King Institute of Preventive Medicine Micro-Biological Section reports 1909-11
Year: 1909
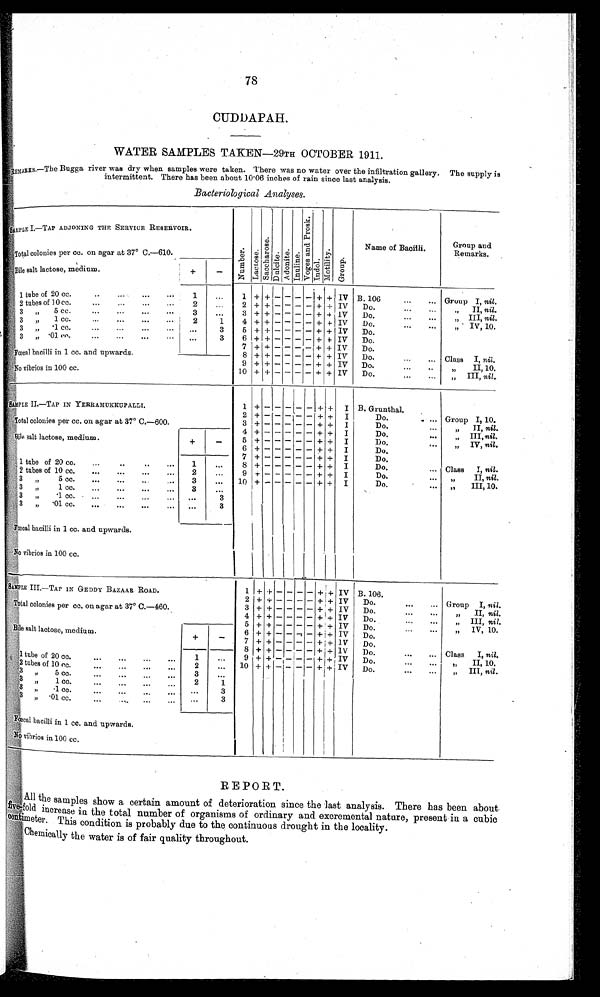
78
CUDDAPAH.
WATER SAMPLES TAKEN—29TH OCTOBER 1911.
REMARKS.—The Bugga river was dry when samples were taken. There was no water over the infiltration gallery. The supply is
intermittent. There has been about 10.06 inches of rain since last analysis.
Bacteriological Analyses.
SAMPLE I.—TAP ADJONING THE SERVICE RESERVOIR.
Number . Lac t os e.
S a c c h a r o s e . Dul ci t e. Adoni t e. I nul i ne. V o g e s a n d P r o s k .
Indol.
Mo t i l i t y .
G r o u p .
Name of Bacilli.
Group and
Remarks.
Total colonies per cc. on agar at 37° C.—610.
+
-
Bile salt lactose, medium.
1 tube of 20 cc. . .
1
. . .
1 + + - - - - + + IV B. 106 . . .
Group I, nil .
2 tubes of 10 cc. . . .
2 . . .
2 + + - - - - + + IV
Do. . . .
" I I ,ni l
Do. . . .
" I I I ,
n i l
.
3 "
5 cc. . . .
3
. . .
3 + + - - - - + + 1V
1
Do. . . .
3
"
1 cc. . . .
2
4 + + - - - - + + IV
" IV, 10.
Do.
3 " .1 cc. . . .
. . .
3
5 + + - - - - + + IV
Do.
3 " .01 cc. . . .
. . .
3
6 + + - - - - + + IV
7 + + - - - - + + IV
Do.
Fœcal bacilli in 1 cc. and upwards.
8 + + - - - - + + IV
Do. . . .
Class I, nil .
9 + + - - - - + + IV
Do. . . .
" II, 10.
No vibrios in 100 cc.
10 + + - - - - + + IV
Do. . . .
" I I I ,
n i l .
SAMPLE II.—TAP IN YERRAMUKKUPALLI.
1
+
-
-
-- -
+ + I B. Grunthal.
2 + - - - - - + +
I
Do. . . .
Group I, 10.
Total colonies per cc. on agar at 37° C.—600.
3 + - - - - - + +
I
Do. . . .
" II, nil.
4 +
- - - - + +
I
Do. . . .
„ III, nil.
Bile salt lactose, medium.
+
-
5 + + - - - - - + +
I
Do. . . .
" I V ,n
i l
.
6 +
- - - - + + I
Do.
7 +
- - - - + + I
Do.
1 tube of 20 cc. . . .
1
. . .
8 +
- - - - + + I
Do. . . .
Class I,n i l .
2 tubes of 10 cc. . . .
2
. . .
9 +
- - - - + + I
Do. . . .
" I I ,
n i l.
3
"
5 cc. . . .
3
. . .
10 + - - - - - + + I
Do. . . .
" I I I , 1 0 .
3
"
1 cc. . . .
3
. . .
3 " .1 cc. . . .
. . .
3
"
.01 cc. . . .
. . . 3
Fœcal bacilli in 1 cc. and upwards.
No vibrios in 100 cc.
S A M P L E I I I . — T A P I N G E D D Y B A Z A A R R O A D .
1 + + — — — — + + IV B. 106.
2 + + - - - - + + IV
Do. . . .
Group I, nil.
Total colonies per cc. on agar at 37° C.—460.
3 + + - - - - + + IV
Do. . . .
" II nil.
4 + + - - - - + + IV
Do. . . .
" III, ni l ,
Bile salt lactose, medium.
5 + + - - - - + + IV
Do. . . .
" I V, 10.
6 + + - - - - + j + IV
Do. . . .
+
-
7 + + - - - - + + IV
Do. . . .
8
+ + - - - - + + IV
Do. . . .
Class
I, nil.
1 tube of 20 c
c. . . .
1
. . .
9 + + - - - - + +
IV
Do. . . .
" II, nil.
2
. . .
10 + + - - - - + +
IV
Do. . . .
"
III, nil.
2 tubes of 10 cc. . . .
3 " 5 cc. . . .
3
. . .
3 " 1 c c . . . .
2
1
3 " .1 cc. . . .
. . .
3
3„ .01 cc . . .
. . .
3
Fœcal bacilli in 1 cc. and. upwards.
N o v i b r i o s i n 1 0 0 c c .
REPORT.
All
the samples show a certain amount of deterioration since the last analysis. There has been about
five-fold increase in the total number of organisms of ordinary and excremental nature, present in a cubic
centimeter. This condition is probably due to the continuous drought in the locality.
Chemically the water is of fair quality throughout.